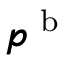
\pmb { p } ^ { \textup { b } }